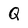
Character: Q